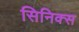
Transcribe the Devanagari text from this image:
सिनिक्स